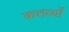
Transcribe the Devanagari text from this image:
कत्तर्व्यों